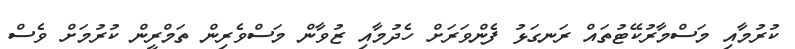
ކުރުމާއި މަސްމާރުކޭޓުތައް ރަނގަޅު ފެންވަރަށް ހެދުމާއި ޒުވާން މަސްވެރިން ތަމްރީން ކުރުމަށް ވެސް